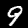
Label: 9